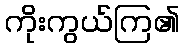
ကိုးကွယ်ကြ၏